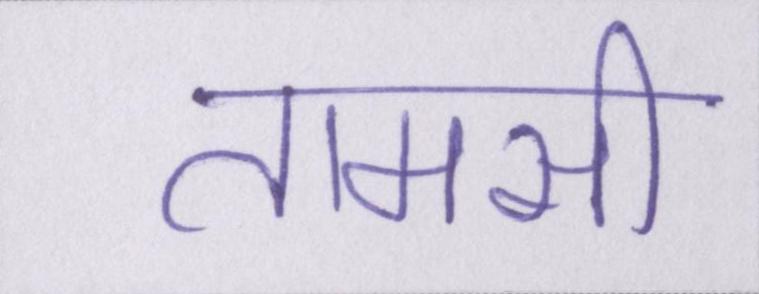
तामसी